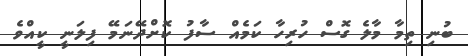
ބުނި ތިމާ މާލެ ގޮސް ހުރިހާ ކަމެއް ސާފު ކޮށްދޭނަމޭ ފިލަނީ ކީއްވެ